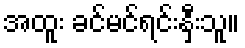
အထူး ခင်မင်ရင်းနှီးသူ။